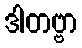
ဒါတဗ္ဗာ